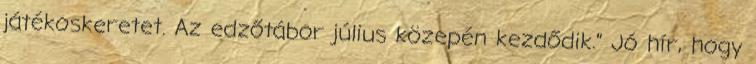
játékoskeretet. Az edzőtábor július közepén kezdődik.” Jó hír, hogy